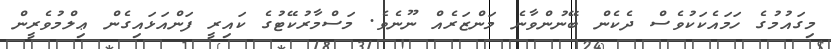
މިގައުމުގެ ހަމައެކަކުވެސް ދެކެން ބޭނުންވާނެ މަންޒަރެއް ނޫނެވެ. މަސްމާރުކޭޓުގެ ކައިރީ ފަންއަޅައިގެން ޢިލްމުވެރީން